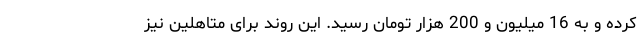
کرده و به 16 میلیون و 200 هزار تومان رسید. این روند برای متاهلین نیز